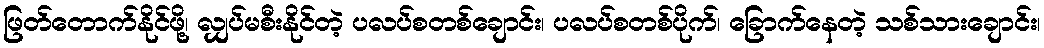
ဖြတ်တောက်နိုင်ဖို့၊ လျှပ်မစီးနိုင်တဲ့ ပလပ်စတစ်ချောင်း၊ ပလပ်စတစ်ပိုက်၊ ခြောက်နေတဲ့ သစ်သားချောင်း၊